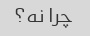
چرا نه؟